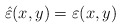
\begin{align*}\hat{\varepsilon }(x,y)=\varepsilon (x,y)\end{align*}